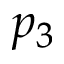
p _ { 3 }